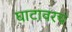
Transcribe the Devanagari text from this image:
घाटावरच